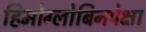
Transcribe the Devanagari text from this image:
हिमोग्लोबिनपेक्षा